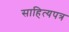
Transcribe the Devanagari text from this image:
साहित्यपत्र